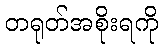
တရုတ်အစိုးရကို